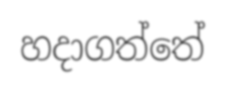
හදාගත්තේ